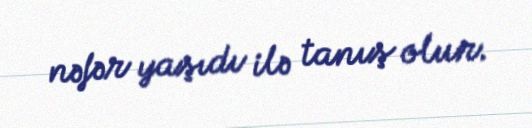
nəfər yaşıdı ilə tanış olur.